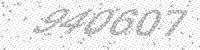
Solution: 940607